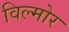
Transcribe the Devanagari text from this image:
विल्मोर